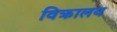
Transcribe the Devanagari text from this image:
विक्रालय